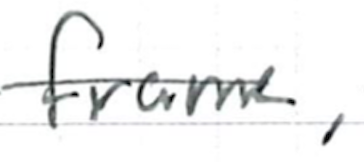
Text: frame,
Cross-out: single-line
Writing tool: ballpoint